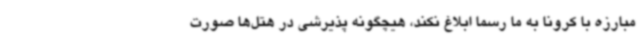
مبارزه با کرونا به ما رسما ابلاغ نکند، هیچگونه پذیرشی در هتل‌ها صورت